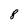
Character: 8